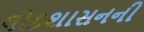
લોકશાસનની